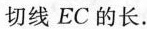
切线EC的长。